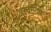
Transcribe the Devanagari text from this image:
अस्वादिका